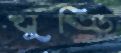
ঘুড্ডি